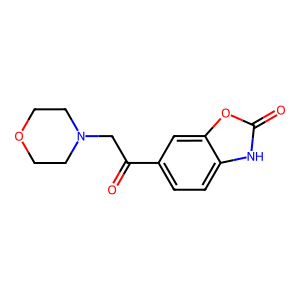
SMILES: O=C(CN1CCOCC1)c1ccc2[nH]c(=O)oc2c1
Inhibits HIV replication: No